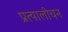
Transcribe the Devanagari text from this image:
प्रत्यालोचन